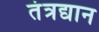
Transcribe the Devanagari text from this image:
तंत्रद्यान